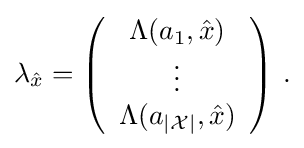
{\begin{aligned}\lambda _{\hat {x}}=\left({\begin{array}{c}\Lambda (a_{1},{\hat {x}})\\\vdots \\\Lambda (a_{|{\mathcal {X}}|},{\hat {x}})\end{array}}\right)\,.\end{aligned}}